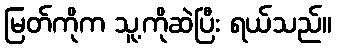
မြတ်ကိုက သူ့ကိုဆဲပြီး ရယ်သည်။